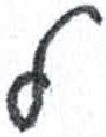
אות: ל